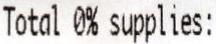
TOTAL 0% SUPPLIES: